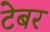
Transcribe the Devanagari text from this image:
टेबर